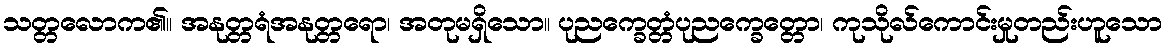
သတ္တလောက၏။ အနုတ္တရံအနုတ္တရော၊ အတုမရှိသော။ ပုညက္ခေတ္တံပုညက္ခေတ္တော၊ ကုသိုလ်ကောင်းမှုတည်းဟူသော